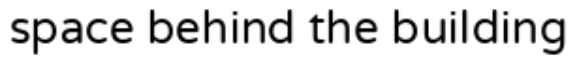
space behind the building